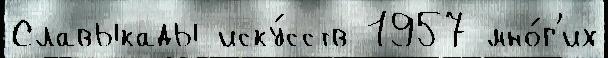
Славыкады иску́сств 1957 мно́г'их